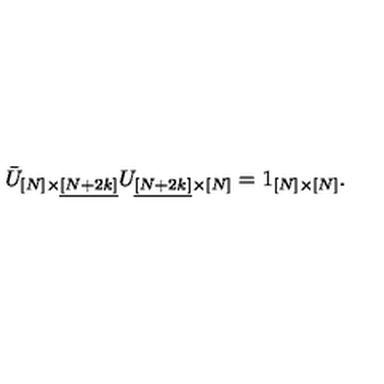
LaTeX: \bar { U } _ { [ N ] \times \underline { { [ N + 2 k ] } } } U _ { \underline { { [ N + 2 k ] } } \times [ N ] } = 1 _ { [ N ] \times [ N ] } .